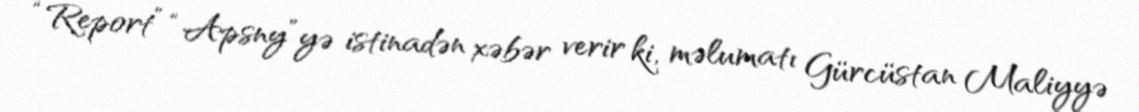
“Report” “Apsny”yə istinadən xəbər verir ki, məlumatı Gürcüstan Maliyyə